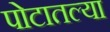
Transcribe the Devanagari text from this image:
पोटातल्या